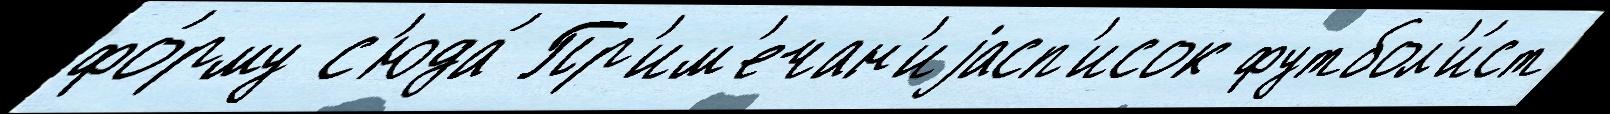
фо́рму с'юда́ Пр'им'ечан'иjасп'исок футбол'и́ст